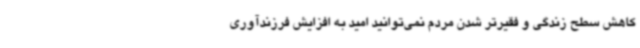
کاهش سطح زندگی و فقیرتر شدن مردم نمی‌توانید امید به افزایش فرزندآوری